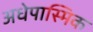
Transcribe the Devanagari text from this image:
अधेपास्मिक